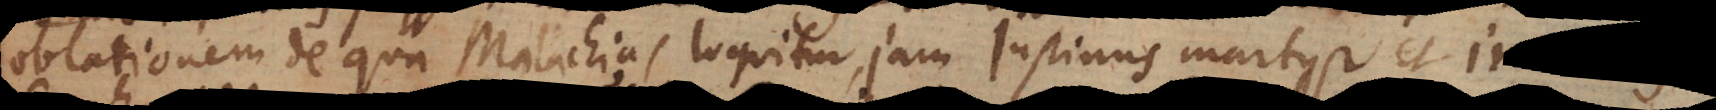
oblationem de qua Malachias loquitur, jam Justinus martyr et